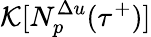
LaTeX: \mathcal{K}[N_{p}^{\Delta u}({\tau}^{+})]